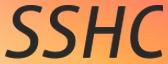
SSHC